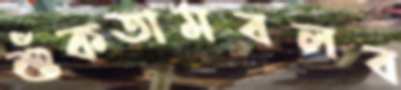
শুঁকতামবলব